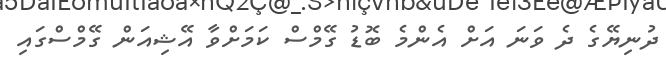
ދުނިޔޭގެ ދެ ވަނަ އަށް އެންމެ ބޮޑު ގޭމްސް ކަމަށްވާ އޭޝިއަން ގޭމްސްގައި